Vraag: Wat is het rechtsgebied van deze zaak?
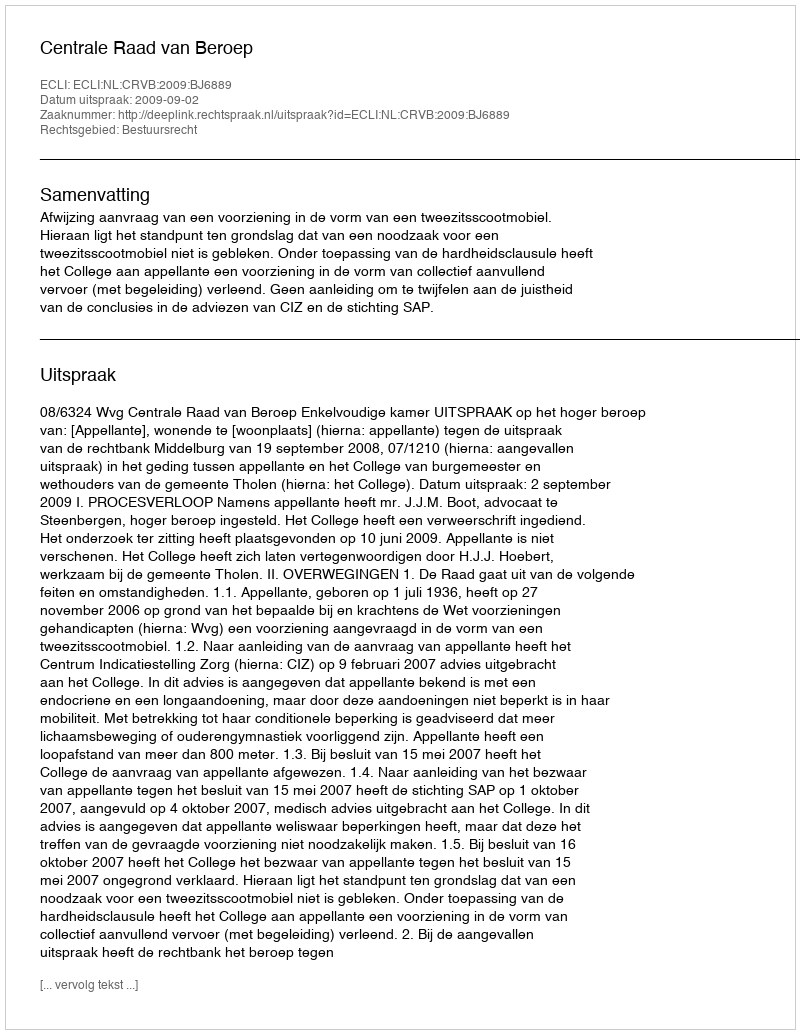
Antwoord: Bestuursrecht